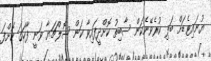
ޔުނައިޓެޑަށް ބަލި ކުރެވޭނެކަން ސާބިތު ކޮށްދީފައިވާ ކަން ސޮލްޗަޔާ ވަނީ ފާހަގަ ކޮށްފަ